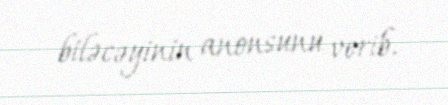
biləcəyinin anonsunu verib.